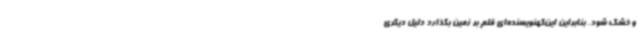
و خشک شود. بنابراین این‌کهنویسنده‌ای قلم بر زمین بگذارد دلیل دیگری